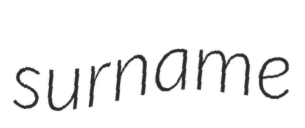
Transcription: surname